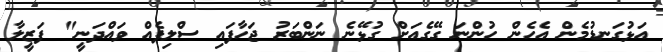
އަޅުގަނޑުމެން އެހެން ހުންނަ ގޭގެއަށް ގުޅޭނެ ނަންބަރު ޖަހާފައި ސްލިޕެއް ވައްދަނީ" ފަޒީލާ